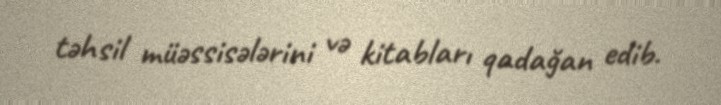
təhsil müəssisələrini və kitabları qadağan edib.